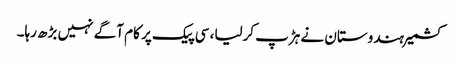
کشمیر ہندوستان نے ہڑپ کرلیا، سی پیک پر کام آگے نہیں بڑھ رہا۔